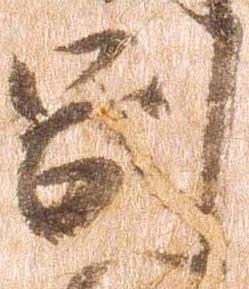
副